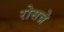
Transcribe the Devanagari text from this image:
रोसन्ने